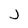
Character: j